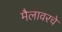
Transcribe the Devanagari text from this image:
मैलावरचे